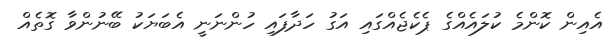
އެއިން ކޮންމެ ކުލައެއްގެ ޕެކެޖެއްގައި އަގު ހަދާފައި ހުންނަނީ އެބަޔަކު ބޭނުންވާ ގޮތެއް